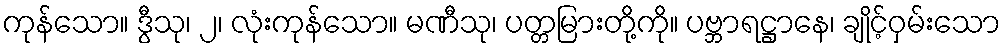
ကုန်သော။ ဒွီသု၊ ၂၊ လုံးကုန်သော။ မဏီသု၊ ပတ္တမြားတို့ကို။ ပဗ္ဘာရဋ္ဌာနေ၊ ချိုင့်ဝှမ်းသော